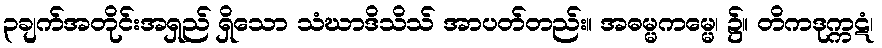
၃ချက်အတိုင်းအရှည် ရှိသော သံဃာဒိသိသ် အာပတ်တည်း။ အဓမ္မကမ္မေ၊ ၌။ တိကဒုက္ကဋံ၊